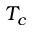
T _ { c }